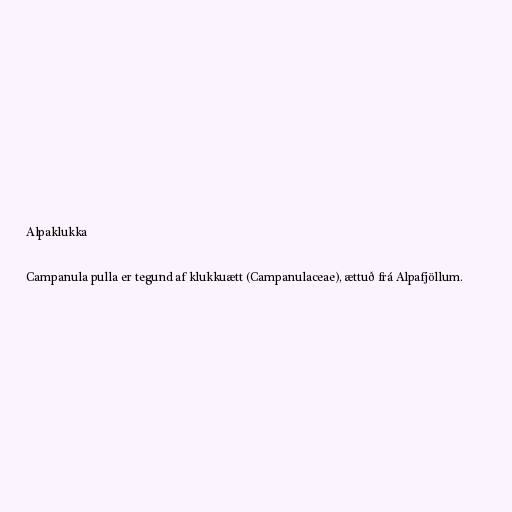
Alpaklukka

Campanula pulla er tegund af klukkuætt (Campanulaceae), ættuð frá Alpafjöllum.